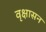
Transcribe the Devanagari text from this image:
वृक्षासन